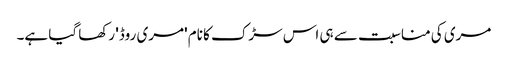
مری کی مناسبت سے ہی اس سڑک کا نام 'مری روڈ' رکھا گیا ہے۔